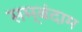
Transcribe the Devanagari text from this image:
सम्बंदाम